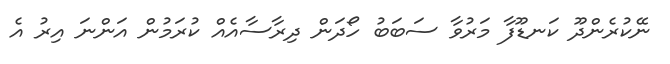
ނޭކުރެންދޫ ކަނޑޫފާ މަރުވާ ސަބަބު ހޯދަން ދިރާސާއެއް ކުރަމުން އަންނަ އިރު އެ